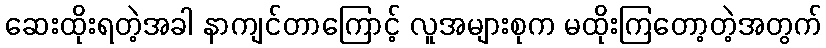
ဆေးထိုးရတဲ့အခါ နာကျင်တာကြောင့် လူအများစုက မထိုးကြတော့တဲ့အတွက်